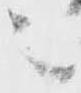
之